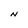
Character: N